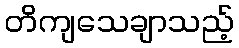
တိကျသေချာသည့်